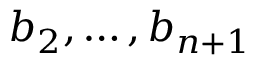
b _ { 2 } , \ldots , b _ { n + 1 }